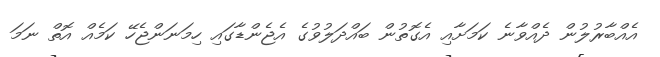
އެއްބާރުލުން ދެއްވާނެ ކަމަށާއި އެގޮތުން ބައްދަލުވުގެ އެޖެންޑާގައި ހިމަނަންޖެހޭ ކަމެއް އޮތް ނަމަ